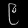
Digit: ၉